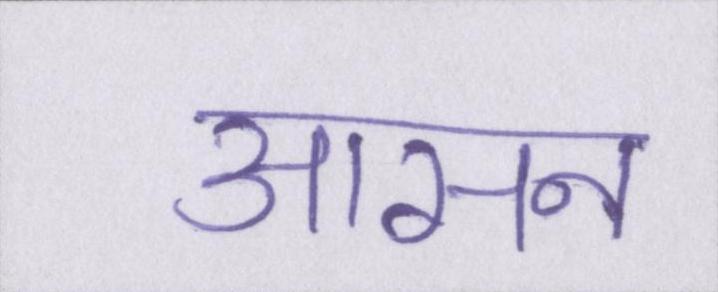
आसन